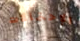
الإحتمالات